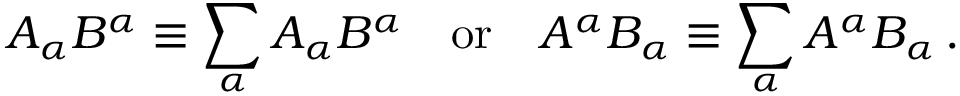
A _ { \alpha } B ^ { \alpha } \equiv \sum _ { \alpha } A _ { \alpha } B ^ { \alpha } \quad { \mathrm { o r } } \quad A ^ { \alpha } B _ { \alpha } \equiv \sum _ { \alpha } A ^ { \alpha } B _ { \alpha } \, .